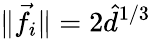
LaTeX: \| \vec{f}_{i}\| =2\hat{d}^{1/3}